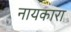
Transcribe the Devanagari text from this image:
नायकारा